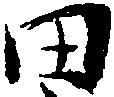
田